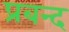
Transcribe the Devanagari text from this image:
प्रबन्द